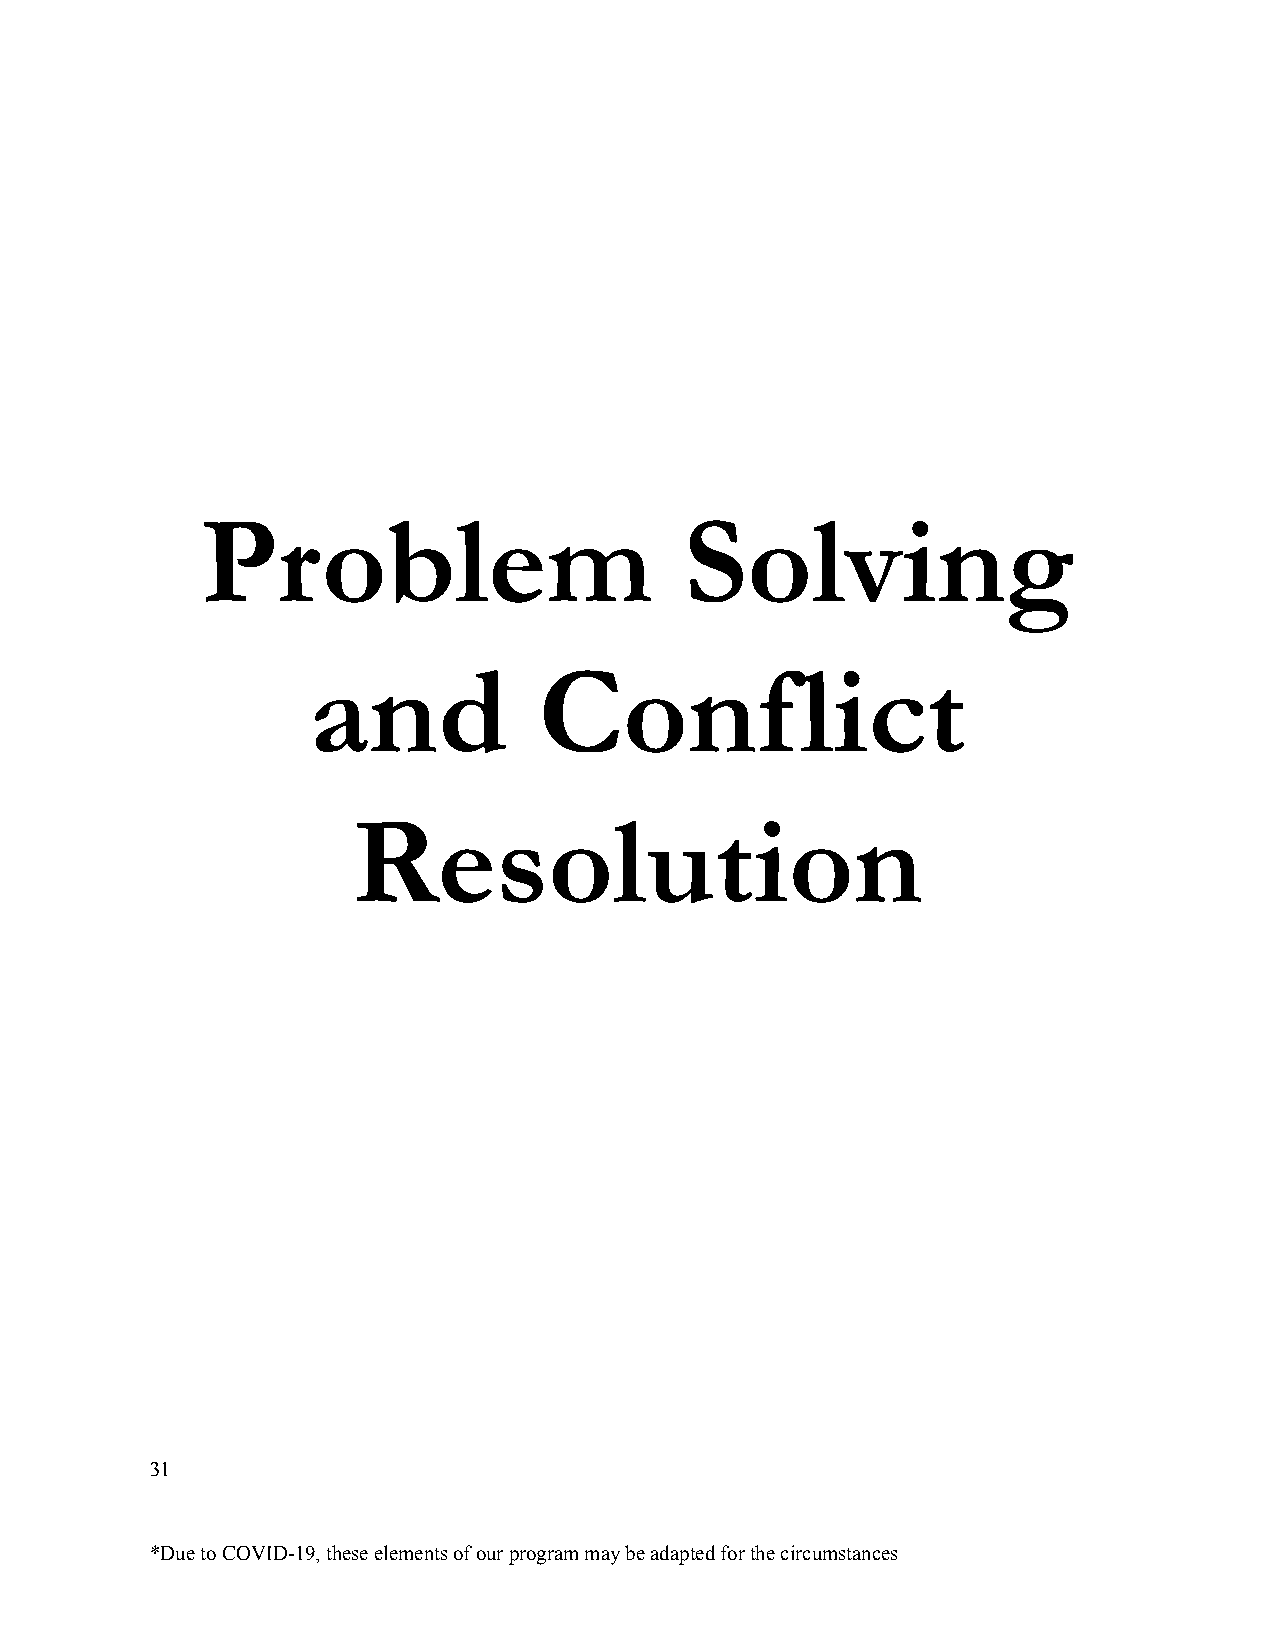
Problem                         Solving
 and             Conflict
 Resolution
 31
 *Due to COVID-19, these elements of our program maybe adapted for the circumstances